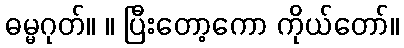
ဓမ္မဂုတ်။ ။ ပြီးတော့ကော ကိုယ်တော်။